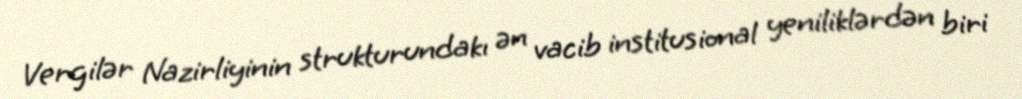
Vergilər Nazirliyinin strukturundakı ən vacib institusional yeniliklərdən biri